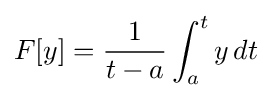
F[y]={\frac {1}{t-a}}\int _{a}^{t}y\,dt